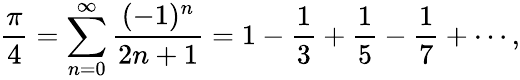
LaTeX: {\frac{\pi}{4}}=\sum_{n=0}^{\infty}{\frac{(-1)^{n}}{2n+1}}=1-{\frac{1}{3}}+{\frac{1}{5}}-{\frac{1}{7}}+\cdots,